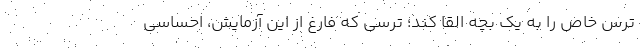
ترس خاص را به یک بچه القا کند؛ ترسی که فارغ از این آزمایش، احساسی